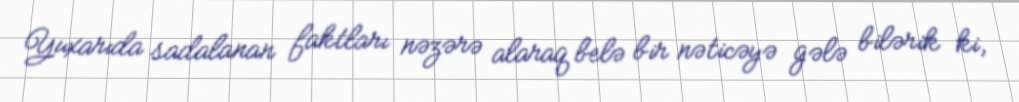
Yuxarıda sadalanan faktları nəzərə alaraq belə bir nəticəyə gələ bilərik ki,